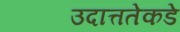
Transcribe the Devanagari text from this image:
उदात्ततेकडे